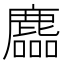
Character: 𪋓